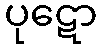
ပုဋော